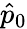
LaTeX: \hat{p}_{0}